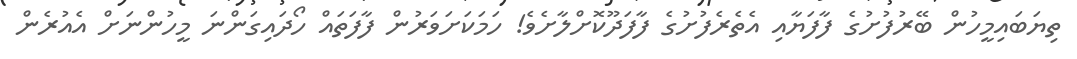
ތިޔަބައިމީހުން ބޭރުފުށުގެ ފާފަޔާއި އެތެރެފުށުގެ ފާފަދޫކޮށްލާށެވެ! ހަމަކަށަވަރުން ފާފަތައް ހޯދައިގަންނަ މީހުންނަށް އެއުރެން